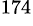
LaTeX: ^{174}